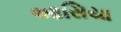
આસિયા